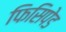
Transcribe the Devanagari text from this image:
फिसिपेड